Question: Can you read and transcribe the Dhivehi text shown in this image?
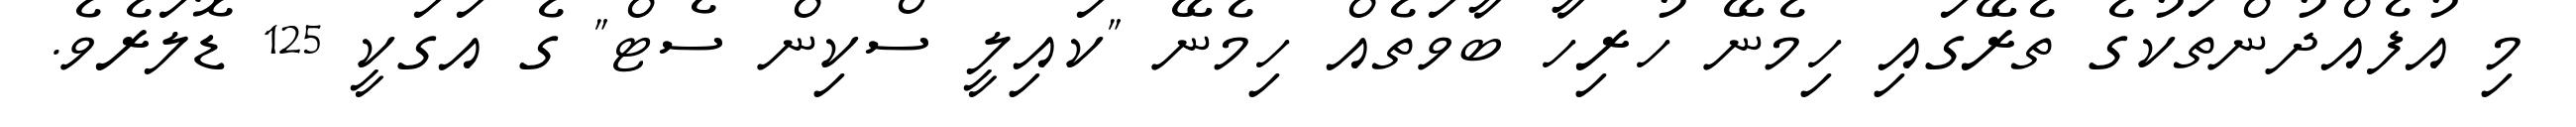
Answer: މި އުފެއްދުންތަކުގެ ތެރޭގައި ހިމެނޭ ހުރިހާ ބާވަތެއް ހިމެނޭ "ކައިލީ ސްކިން ސެޓް" ގެ އަގަކީ 125 ޑޮލަރެވެ.